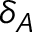
\delta _ { A }